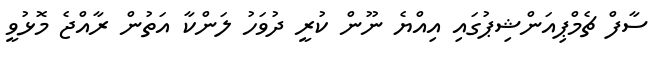
ސާފް ޗެމްޕިއަންޝިޕުގައި އިއްޔެ ނޫން ކުރީ ދުވަހު ލަންކާ އަތުން ރާއްޖެ މޮޅުވީ